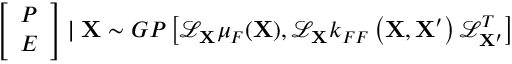
\left[ \begin{array} { c c } { P } \\ { E } \end{array} \right] \mid \mathbf { X } \sim G P \left[ \mathcal { L } _ { \mathbf { X } } \mu _ { F } ( \mathbf { X } ) , \mathcal { L } _ { \mathbf { X } } k _ { F F } \left( \mathbf { X } , \mathbf { X } ^ { \prime } \right) \mathcal { L } _ { \mathbf { X ^ { \prime } } } ^ { T } \right]